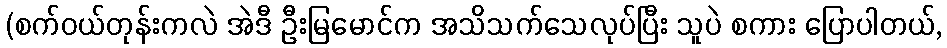
(စက်ဝယ်တုန်းကလဲ အဲဒီ ဦးမြမောင်က အသိသက်သေလုပ်ပြီး သူပဲ စကား ပြောပါတယ်,